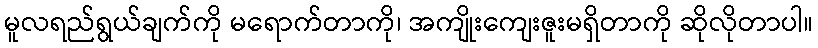
မူလရည်ရွယ်ချက်ကို မရောက်တာကို၊ အကျိုးကျေးဇူးမရှိတာကို ဆိုလိုတာပါ။